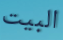
البيت